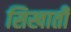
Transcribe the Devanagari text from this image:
सिखाती